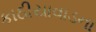
કાઠીયાવાડના